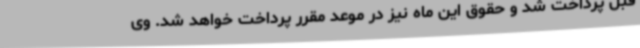
قبل پرداخت شد و حقوق این ماه نیز در موعد مقرر پرداخت خواهد شد. وی